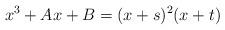
LaTeX: \begin{align*} x^3+Ax+B= (x+s)^2(x+t)\end{align*}